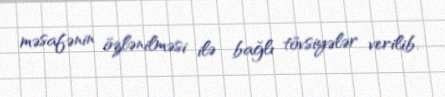
məsafənin özlənilməsi ilə bağlı tövsiyələr verilib.